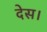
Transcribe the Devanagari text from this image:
देस।